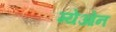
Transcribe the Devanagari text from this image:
म्येओन